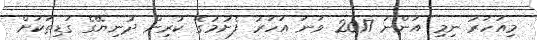
މިއަހަރު ނިމި އަންނަ 2017 ވަނަ އަހަރު ފެށުމުގެ ކުރިން ދުނިޔޭގެ ގަޑިތަކަށް